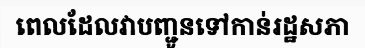
ពេលដែលវាបញ្ជូនទៅកាន់រដ្ឋសភា